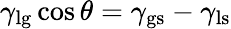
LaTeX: \gamma_{\textrm{lg}}\cos\theta=\gamma_{\textrm{gs}}-\gamma_{\textrm{ls}}